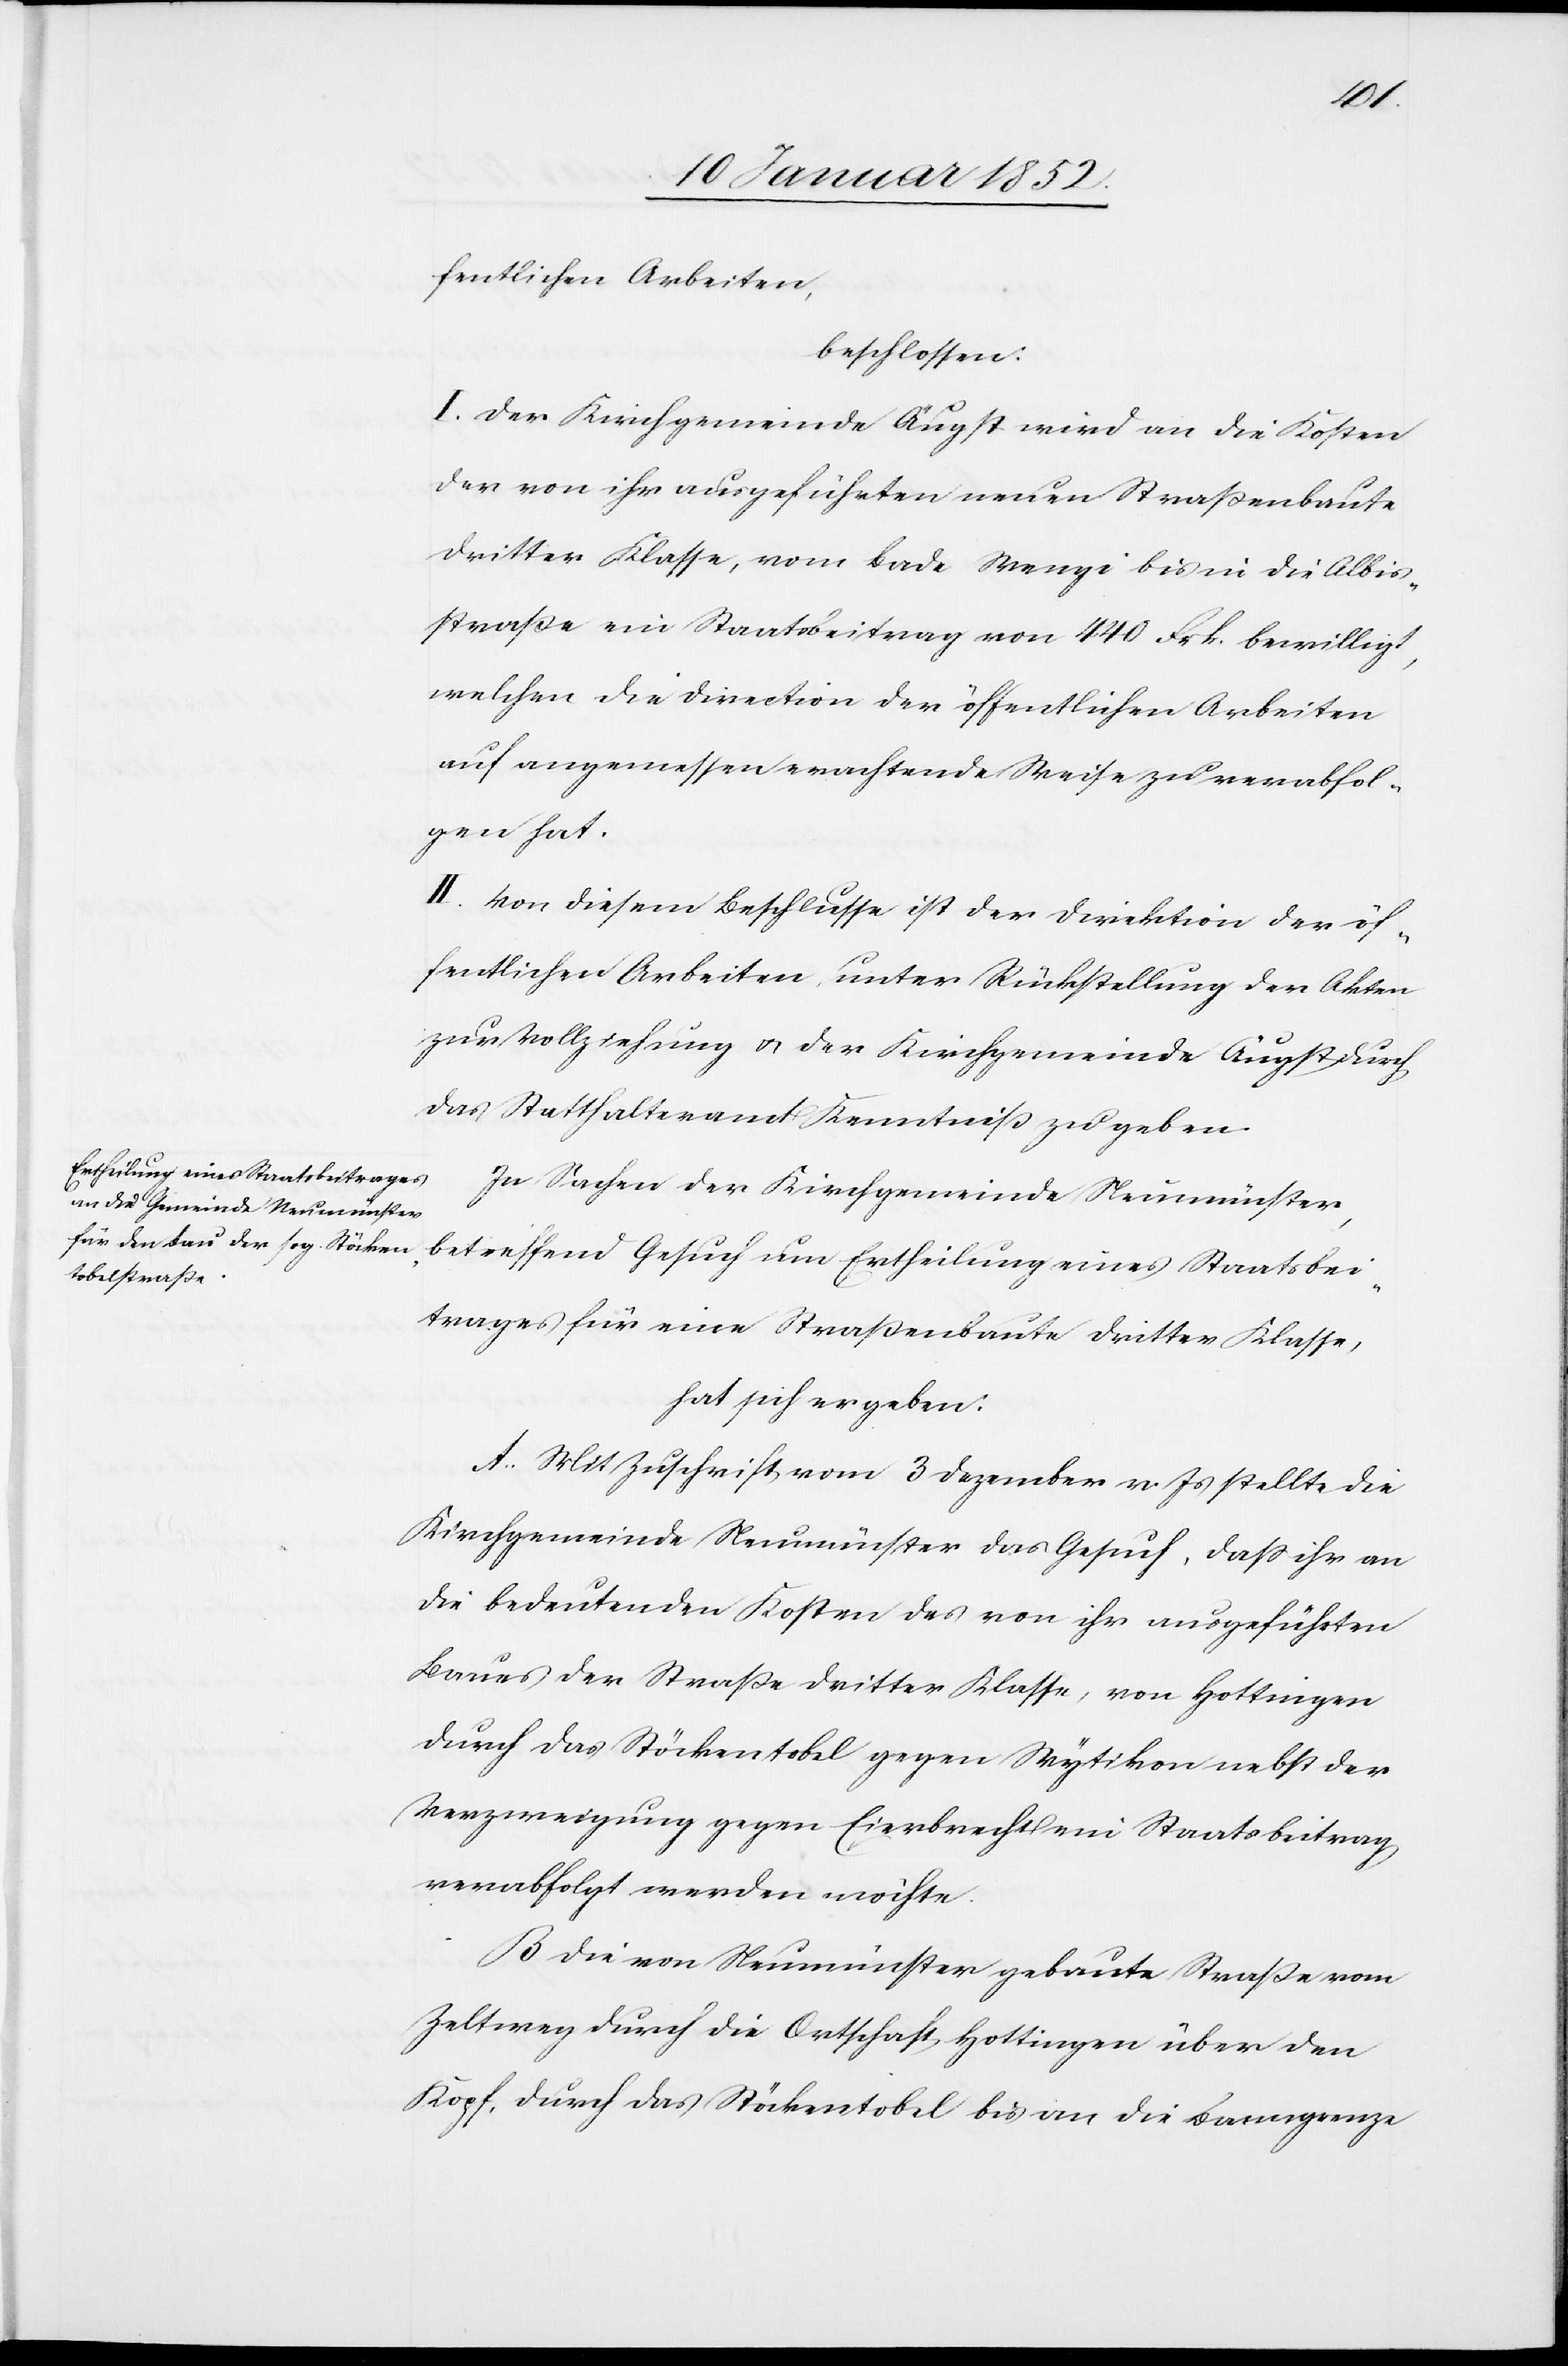
fentlichen Arbeiten,
beschlossen:
I. Der Kirchgemeinde Äugst wird an die Kosten
der von ihr ausgeführten neuen Straßenbaute
dritter Klasse, vom Bade Wengi bis in die Albis¬
straße ein Staatsbeitrag von 440 Frk. bewilligt,
welchen die Direction der öffentlichen Arbeiten
auf angemessen erachtende Weise zu verabfol¬
gen hat.
II. Von diesem Beschlusse ist der Direktion der öf¬
fentlichen Arbeiten unter Rückstellung der Akten
zur Vollziehung u. der Kirchgemeinde Äugst durch
das Statthalteramt Kenntniß zu geben.
Ertheilung eines Staatsbeitrages
In Sachen der Kirchgemeinde Neumünster,
hat sich ergeben.
A. Mit Zuschrift vom 3 Dezember v. Js stellte die
Kirchgemeinde Neumünster das Gesuch, daß ihr an
die bedeutenden Kosten des von ihr ausgeführten
Baues der Straße dritter Klasse, von Hottingen
durch das Stöckentobel gegen Wytikon nebst der
Verzweigung gegen Eierbrecht ein Staatsbeitrag
verabfolgt werden möchte.
B[.] Die von Neumünster gebaute Straße vom
Zeltweg durch die Ortschaft Hottingen über den
Kopf, durch das Stöckentobel bis an die Banngrenze